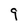
Character: 9